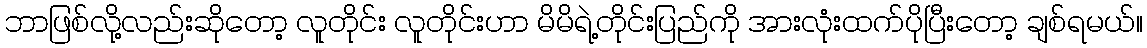
ဘာဖြစ်လို့လည်းဆိုတော့ လူတိုင်း လူတိုင်းဟာ မိမိရဲ့တိုင်းပြည်ကို အားလုံးထက်ပိုပြီးတော့ ချစ်ရမယ်။